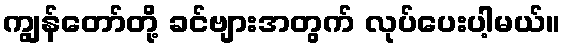
ကျွန်တော်တို့ ခင်ဗျားအတွက် လုပ်ပေးပါ့မယ်။